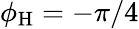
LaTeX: \phi_{\mathrm{H}}=-\pi/4